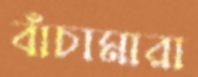
বাঁচামারা